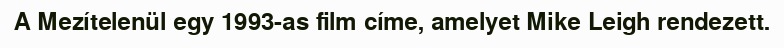
A Mezítelenül egy 1993-as film címe, amelyet Mike Leigh rendezett.